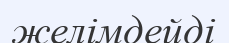
желімдейді